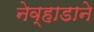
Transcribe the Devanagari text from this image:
नेव्हाडाने